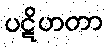
ပဋိဟတာ